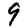
Digit: 9